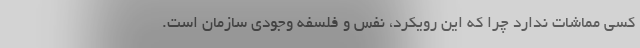
کسی مماشات ندارد چرا که این رویکرد، نفس و فلسفه وجودی سازمان است.